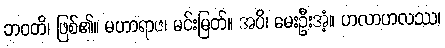
ဘဝတိ၊ ဖြစ်၏။ မဟာရာဇ၊ မင်းမြတ်။ အပိ၊ မေးဦးအံ့။ ဟလာဟလဿ၊